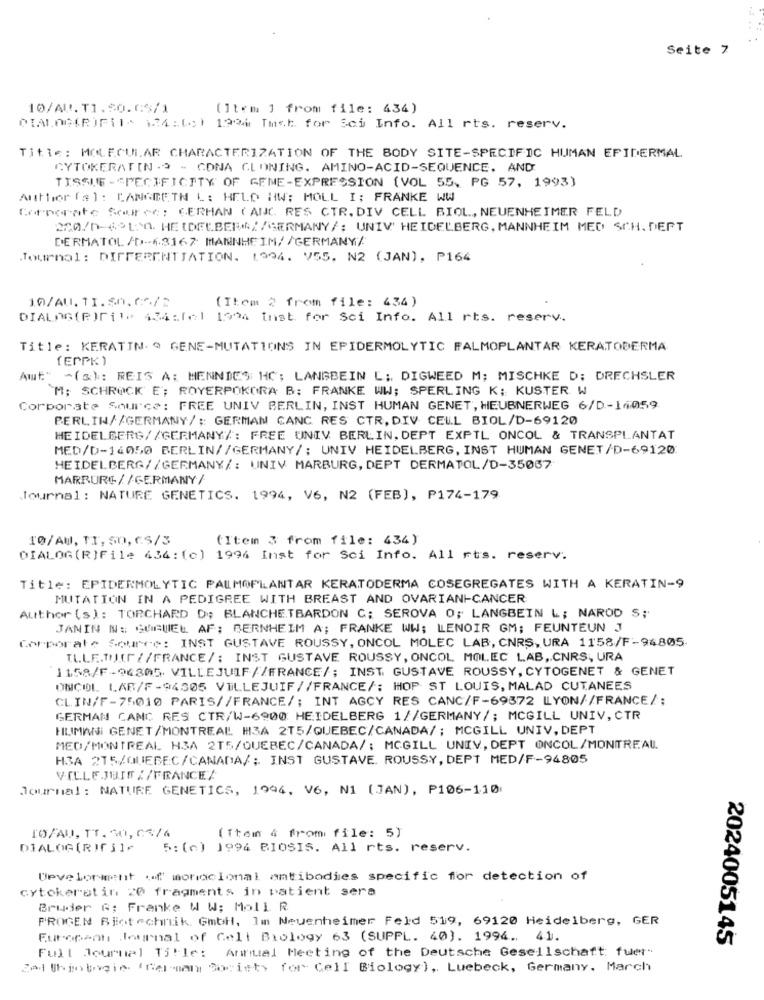
..
Seite 7
10/AV.T1.50.05/1
(Item ] from file: 434)
DIALOGCRIFils 14:(c) 1994 Tust for Sei Info. All rts. reserv.
Title: MOLECULAR CHARACTERIZATION OF THE BODY SITE-SPECIFIC HUMAN EPIDERMAL
CYTOKERATIN .3 - CONA CLONING. AMINO-ACID-SEQUENCE, AND
TISSUE -SPECIFICITY OF GEME-EXPRESSION (VOL 55, PG 57, 1993)
Author [a]: LANGBETH L: HELD HW; MOLL I; FRANKE WW
Corporate Source: GERMAN (ANC. RES CTR. DIV CELL BIOL, NEUENHEIMER FELD
220/0-410. HEIDELBER*//GERMANY/: UNIV' HEIDELBERG, MANNHEIM MED SCH. DEPT
DERMATOL /D-6.3167 MANNHEIM/ /GERMANY/
Journal: DIFFERENTIATION. 1994. V55, N2 (JAN), P164
10/AU.11.50.0/2
(Item 2 from file: 434)
DIALOG(P)File 434:fel 1994 Inst. for Sci Info. All rts. reserv.
Title: KERATIN.@ GENE-MUTATIONS IN EPIDERMOLYTIC PALMOPLANTAR KERATODERMA
[EPPK)
Aut." ~(3): REIS A: HENNDES HC; LANGBEIN L; DIGWEED M; MISCHKE D; DRECHSLER
M; SCHROCK E; ROYERPOKORA B: FRANKE WW; SPERLING K; KUSTER W
Corporate Source: FREE UNIV BERLIN, INST HUMAN GENET, HEUBNERWEG 6/D-14059.
BERLIN//GERMANY/ ;: GERMAN CANC RES CTR, DIV CELL BIOL/D-69120
HEIDELBERG//GERMANY/: FREE UNIV BERLIN, DEPT EXPTL ONCOL & TRANSPLANTAT
MED/D-14050 BERLIN//GERMANY/; UNIV HEIDELBERG, INST HUMAN GENET/D-69120
HEIDELBERG//GERMANY/: UNIV MARBURG, DEPT DERMATOL/D-35067
MARBURG//GERMANY/
Journal : NATURE GENETICS. 1994, V6, N2 (FEB), P174-179
10/AU, TI, SO, CS/3
(Item 3 from file: 434)
DIALOG(R)File 434: (c) 1994 Inst for Sci Info. All rts. reserv.
Title: EPIDERMOLYTIC PALMOPLANTAR KERATODERMA COSEGREGATES WITH A KERATIN-9
MUTATION IN A PEDIGREE WITH BREAST AND OVARIAN CANCER
Author (s): TORCHARD D; BLANCHETBARDON C; SEROVA O; LANGBEIN L; NAROD S;
JANIN N: GOGUEL AF; BERNHEIM A; FRANKE WW; LENOIR GM; FEUNTEUN J
Corporate Source: INST GUSTAVE ROUSSY, ONCOL MOLEC LAB, CNRS, URA 1158/F-94805.
TL.LE.THIT{/FRANCE/: INST GUSTAVE ROUSSY, ONCOL MOLEC LAB ,. CNRS, URA
1158/F-96305- VILLEJUIF//FRANCE/; INST GUSTAVE ROUSSY, CYTOGENET & GENET
ONCOL LAB/F-94505 VILLEJUIF //FRANCE/: HOP ST LOUIS, MALAD CUTANEES
CLIN/F-75010 PARIS//FRANCE/; INT AGCY RES CANC/F-69372 LLYON//FRANCE/;
GERMAN CAMC RES CTR/W-6900 HEIDELBERG 1//GERMANY/; MCGILL UNIV, CTR
HUIMANI GENET/MONTREAL H3A 2T5/QUEBEC/CANADA/; MCGILL UNIV, DEPT
MED/MONTREAL H3A 215/QUEBEC/CANADA/: MCGILL UNIV, DEPT ONCOL/MONTREAU
H3A 215/QUEBEC/CANADA/; INST GUSTAVE ROUSSY, DEPT MED/F-94805
VILLEJUIF//FRANCE/
Journal : NATURE GENETICS, 1994, V6, N1 (JAN), P106-110
IO/AU, TT. 30, 05/4
([tem 4 fromi file: 5)
DIALOG(RIfi1+
5: (c) 1994 BIOSIS. All rts. reserv.
Development of monoclonal antibodies specific for detection of
cytokeratin 20 fragments in patient sera
Bruder &; Franke W W; Moll R.
PROGEN Biotechnik. GmbH, Im Neuenheimer Feld 519, 69120 Heidelberg, GER
European Journal of Cell Biology 63 (SUPPL. 40). 1994. 41.
2024005145
Full Journal Title: Annual Meeting of the Deutsche Gesellschaft: fuer"
Zod Thin togie (Calman Society for Cell Biology), Luebeck, Germany. March